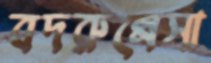
বদরুন্নেসা